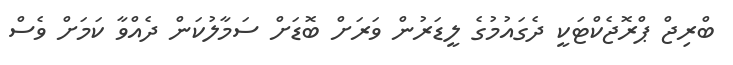
ބްރިޖް ޕްރޮޖެކްޓަކީ ދެގައުމުގެ ލީޑަރުން ވަރަށް ބޮޑަށް ސަމާލުކަން ދެއްވާ ކަަމަށް ވެސް